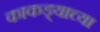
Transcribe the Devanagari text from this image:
काकड्याच्या